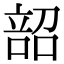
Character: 𫫌